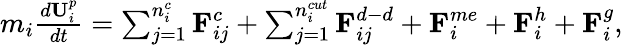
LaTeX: \begin{array}{r}{m_{i}\frac{d\textbf{U}_{i}^{p}}{dt}=\sum_{j=1}^{n_{i}^{c}}{\textbf{F}_{ij}^{c}}+\sum_{j=1}^{n_{i}^{cut}}{\textbf{F}_{ij}^{d-d}}+\textbf{F}_{i}^{me}+\textbf{F}_{i}^{h}+\textbf{F}_{i}^{g},}\end{array}